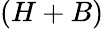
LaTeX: (H+B)